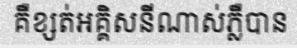
គឺខ្សត់អគ្គិសនីណាស់ភ្លឺបាន